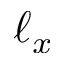
\ell _ { x }